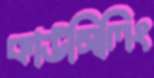
কাউন্সিলিং